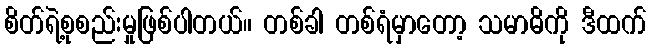
စိတ်ရဲ့စုစည်းမှုဖြစ်ပါတယ်။ တစ်ခါ တစ်ရံမှာတော့ သမာဓိကို ဒီထက်